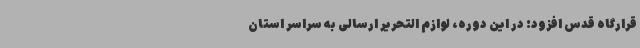
قرارگاه قدس افزود: در این دوره، لوازم التحریر ارسالی به سراسر استان